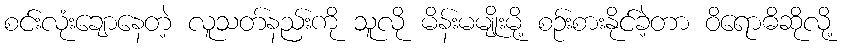
စင်းလုံးချောနေတဲ့ လူသတ်နည်းကို သူလို မိန်းမမျိုးမို့ စဉ်းစားနိုင်ခဲ့တာ ဝိရောဓိဆိုလို့